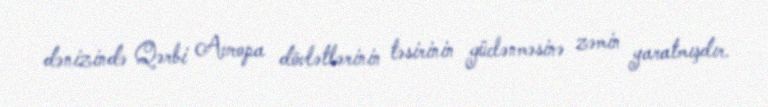
dənizində Qərbi Avropa dövlətlərinin təsirinin güclənməsinə zəmin yaratmışdır.